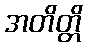
အတိတ္တိ